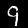
Digit: 9